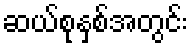
ဆယ်စုနှစ်အတွင်း